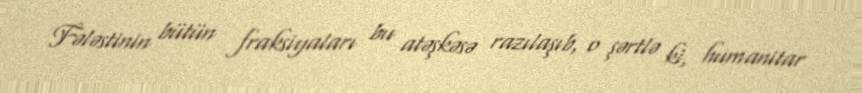
Fələstinin bütün fraksiyaları bu atəşkəsə razılaşıb, o şərtlə ki, humanitar